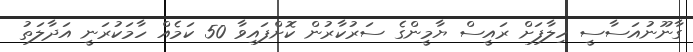
ގާނޫނުއަސާސީ ހިލާފަށް ރައީސް ޔާމީންގެ ސަރުކާރުން ކޮށްފައިވާ 50 ކަމެއް ހާމަކުރަނީ އަދާލަތު